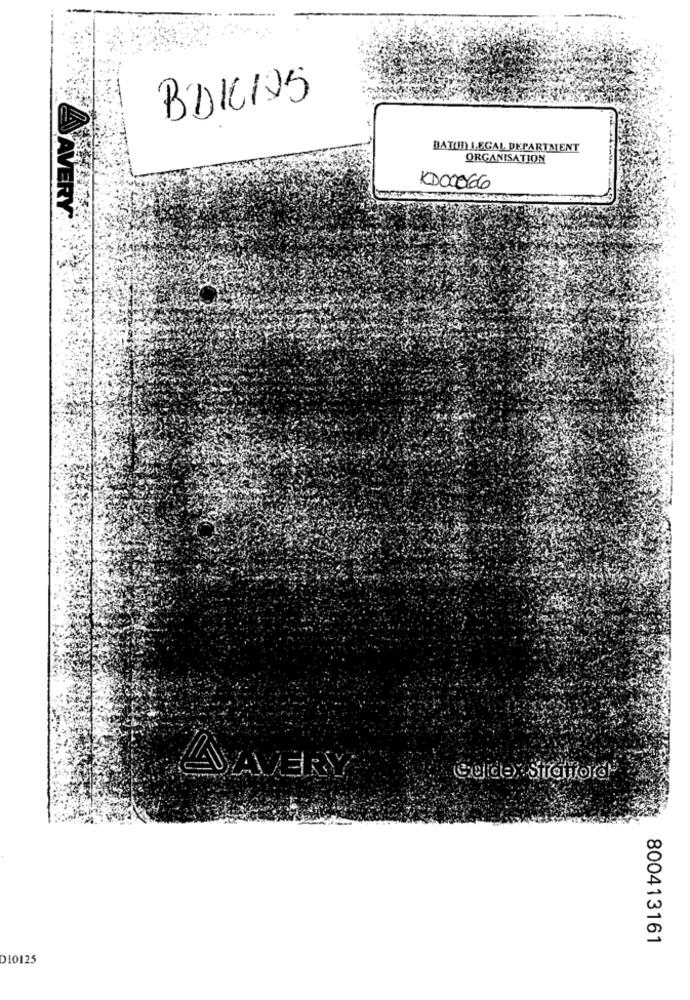
BDICIOS
BATON LEGAL DEPARTMENT
ORGANISATION
KD00066
AVERY
A AVERY
Gulde, Stratford
800413161
D10125